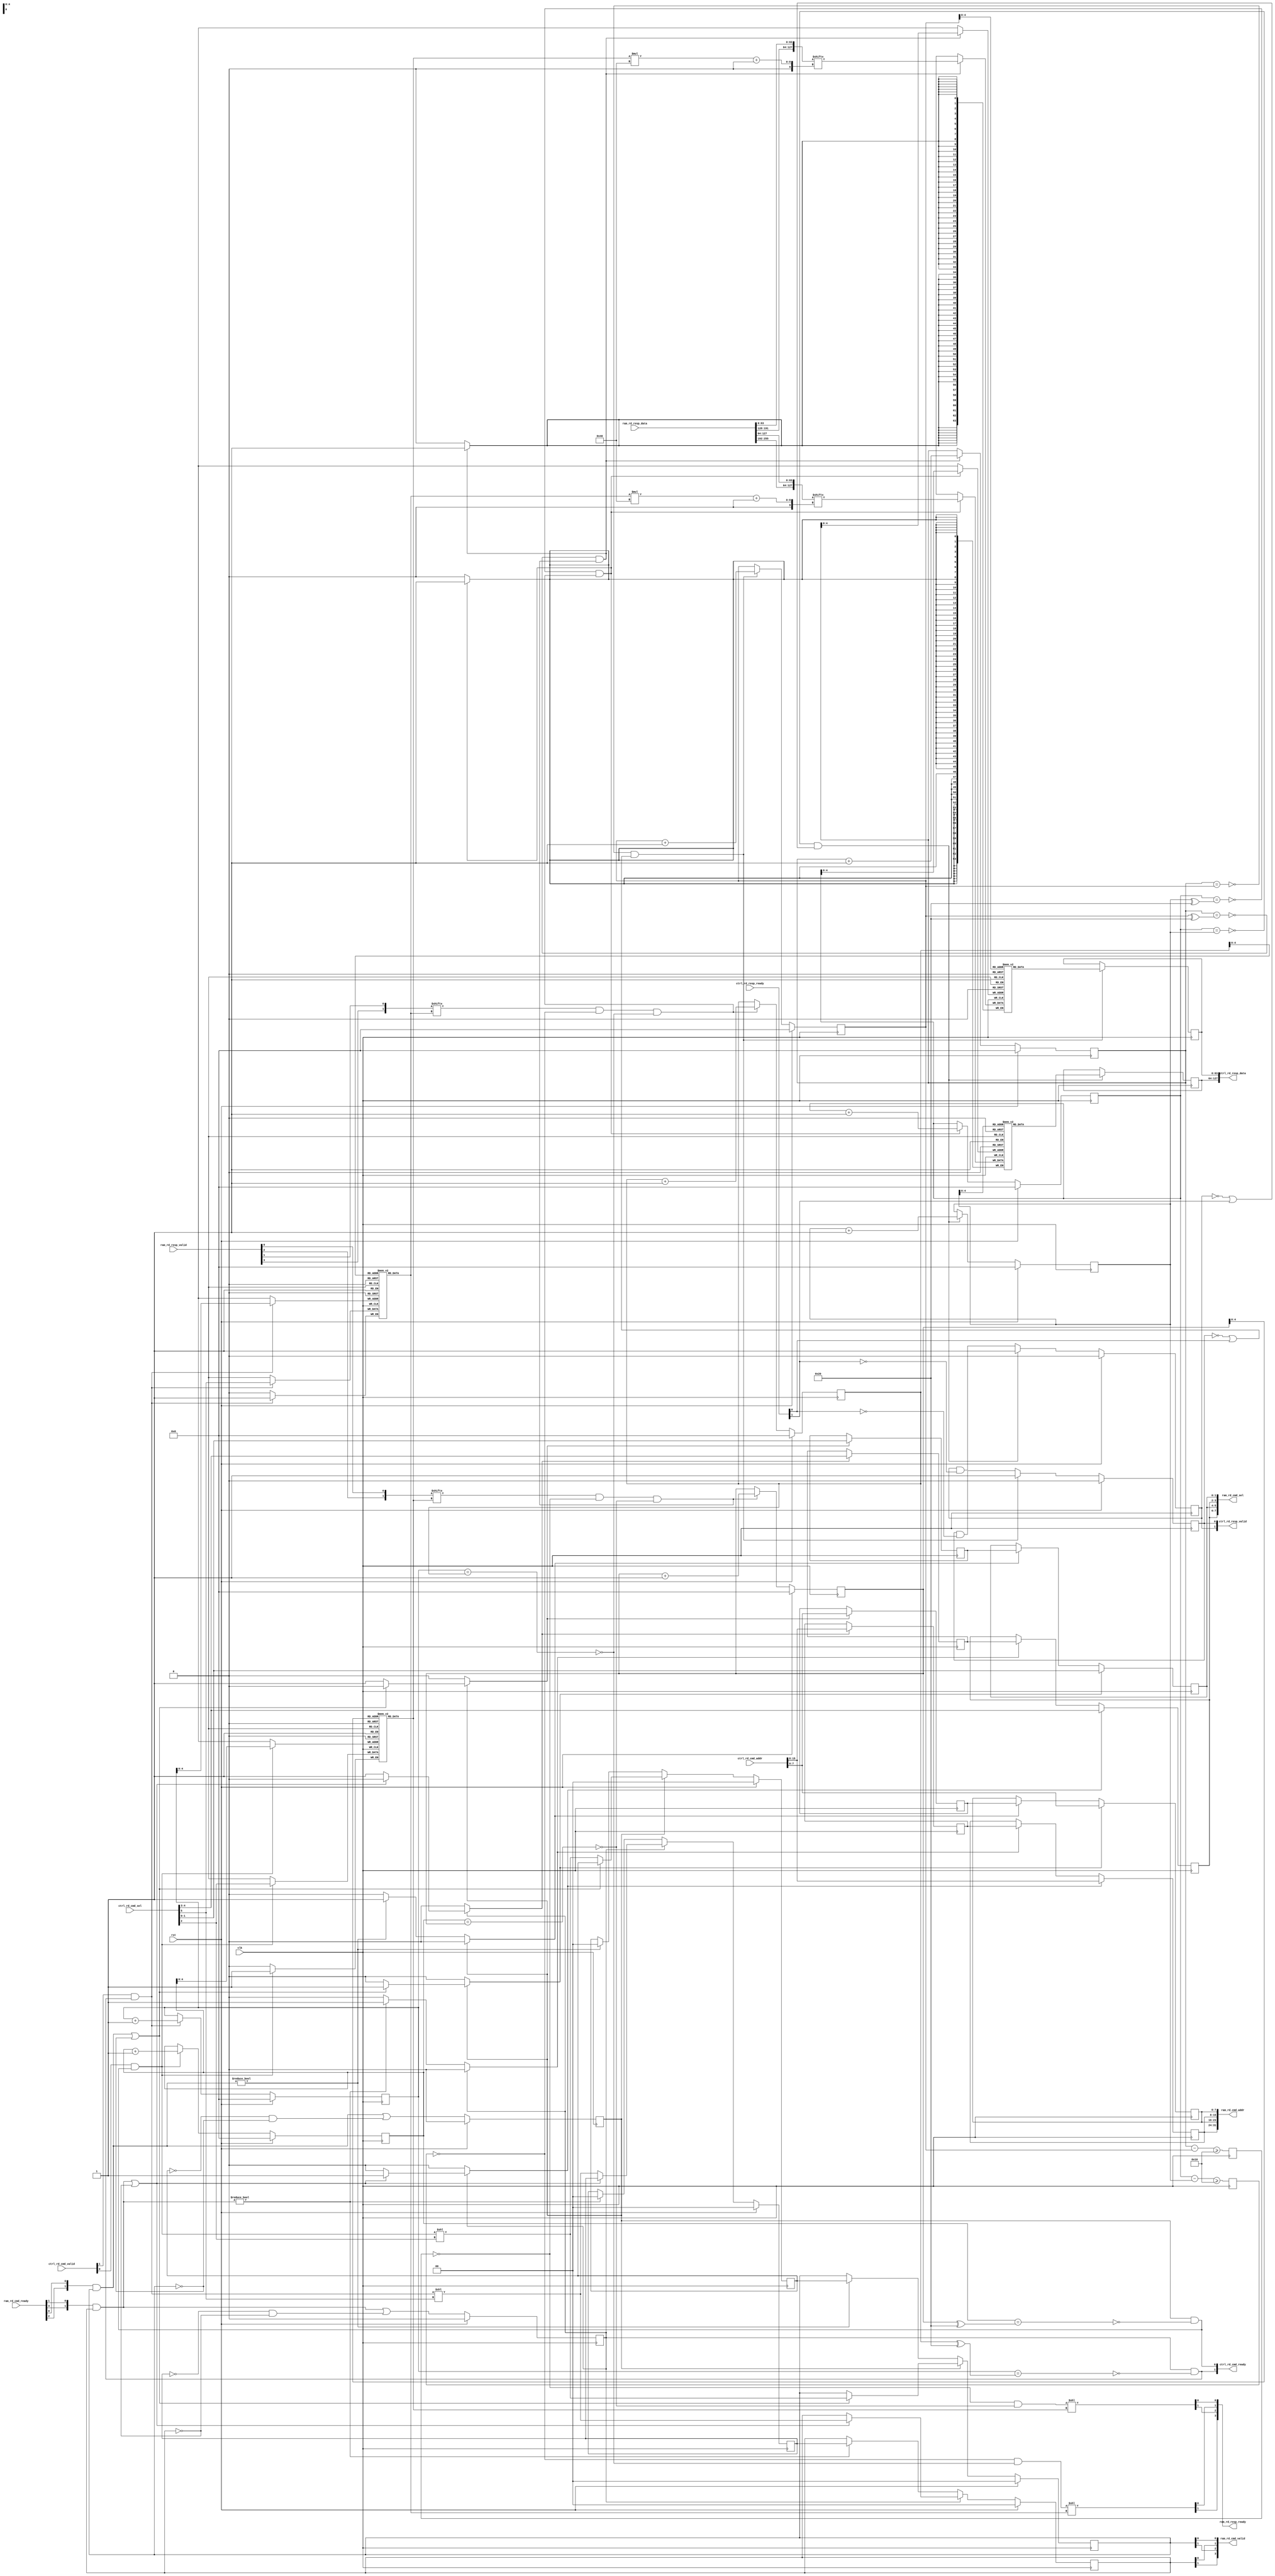
/*

Copyright (c) 2019-2021 Alex Forencich

Permission is hereby granted, free of charge, to any person obtaining a copy
of this software and associated documentation files (the "Software"), to deal
in the Software without restriction, including without limitation the rights
to use, copy, modify, merge, publish, distribute, sublicense, and/or sell
copies of the Software, and to permit persons to whom the Software is
furnished to do so, subject to the following conditions:

The above copyright notice and this permission notice shall be included in
all copies or substantial portions of the Software.

THE SOFTWARE IS PROVIDED "AS IS", WITHOUT WARRANTY OF ANY KIND, EXPRESS OR
IMPLIED, INCLUDING BUT NOT LIMITED TO THE WARRANTIES OF MERCHANTABILITY
FITNESS FOR A PARTICULAR PURPOSE AND NONINFRINGEMENT. IN NO EVENT SHALL THE
AUTHORS OR COPYRIGHT HOLDERS BE LIABLE FOR ANY CLAIM, DAMAGES OR OTHER
LIABILITY, WHETHER IN AN ACTION OF CONTRACT, TORT OR OTHERWISE, ARISING FROM,
OUT OF OR IN CONNECTION WITH THE SOFTWARE OR THE USE OR OTHER DEALINGS IN
THE SOFTWARE.

*/

// Language: Verilog 2001

`resetall
`timescale 1ns / 1ps
`default_nettype none

/*
 * DMA RAM demux (read)
 */
module dma_ram_demux_rd #
(
    // Number of ports
    parameter PORTS = 2,
    // RAM segment count
    parameter SEG_COUNT = 2,
    // RAM segment data width
    parameter SEG_DATA_WIDTH = 64,
    // RAM segment address width
    parameter SEG_ADDR_WIDTH = 8,
    // Input RAM segment select width
    parameter S_RAM_SEL_WIDTH = 2,
    // Output RAM segment select width
    // Additional bits required for response routing
    parameter M_RAM_SEL_WIDTH = S_RAM_SEL_WIDTH+$clog2(PORTS)
)
(
    input  wire                                       clk,
    input  wire                                       rst,

    /*
     * RAM interface (from DMA client/interface)
     */
    input  wire [SEG_COUNT*M_RAM_SEL_WIDTH-1:0]       ctrl_rd_cmd_sel,
    input  wire [SEG_COUNT*SEG_ADDR_WIDTH-1:0]        ctrl_rd_cmd_addr,
    input  wire [SEG_COUNT-1:0]                       ctrl_rd_cmd_valid,
    output wire [SEG_COUNT-1:0]                       ctrl_rd_cmd_ready,
    output wire [SEG_COUNT*SEG_DATA_WIDTH-1:0]        ctrl_rd_resp_data,
    output wire [SEG_COUNT-1:0]                       ctrl_rd_resp_valid,
    input  wire [SEG_COUNT-1:0]                       ctrl_rd_resp_ready,

    /*
     * RAM interface (towards RAM)
     */
    output wire [PORTS*SEG_COUNT*S_RAM_SEL_WIDTH-1:0] ram_rd_cmd_sel,
    output wire [PORTS*SEG_COUNT*SEG_ADDR_WIDTH-1:0]  ram_rd_cmd_addr,
    output wire [PORTS*SEG_COUNT-1:0]                 ram_rd_cmd_valid,
    input  wire [PORTS*SEG_COUNT-1:0]                 ram_rd_cmd_ready,
    input  wire [PORTS*SEG_COUNT*SEG_DATA_WIDTH-1:0]  ram_rd_resp_data,
    input  wire [PORTS*SEG_COUNT-1:0]                 ram_rd_resp_valid,
    output wire [PORTS*SEG_COUNT-1:0]                 ram_rd_resp_ready
);

parameter CL_PORTS = $clog2(PORTS);

parameter S_RAM_SEL_WIDTH_INT = S_RAM_SEL_WIDTH > 0 ? S_RAM_SEL_WIDTH : 1;

parameter FIFO_ADDR_WIDTH = 5;
parameter OUTPUT_FIFO_ADDR_WIDTH = 5;

// check configuration
initial begin
    if (M_RAM_SEL_WIDTH < S_RAM_SEL_WIDTH+$clog2(PORTS)) begin
        $error("Error: M_RAM_SEL_WIDTH must be at least $clog2(PORTS) larger than S_RAM_SEL_WIDTH (instance %m)");
        $finish;
    end
end

generate

genvar n, p;

for (n = 0; n < SEG_COUNT; n = n + 1) begin

    // FIFO to maintain response ordering
    reg [FIFO_ADDR_WIDTH+1-1:0] fifo_wr_ptr_reg = 0;
    reg [FIFO_ADDR_WIDTH+1-1:0] fifo_rd_ptr_reg = 0;
    (* ram_style = "distributed", ramstyle = "no_rw_check, mlab" *)
    reg [CL_PORTS-1:0] fifo_sel[(2**FIFO_ADDR_WIDTH)-1:0];

    wire fifo_empty = fifo_wr_ptr_reg == fifo_rd_ptr_reg;
    wire fifo_full = fifo_wr_ptr_reg == (fifo_rd_ptr_reg ^ (1 << FIFO_ADDR_WIDTH));

    integer i;

    initial begin
        for (i = 0; i < 2**FIFO_ADDR_WIDTH; i = i + 1) begin
            fifo_sel[i] = 0;
        end
    end

    // RAM read command demux

    wire [M_RAM_SEL_WIDTH-1:0] seg_ctrl_rd_cmd_sel   = ctrl_rd_cmd_sel[M_RAM_SEL_WIDTH*n +: M_RAM_SEL_WIDTH];
    wire [SEG_ADDR_WIDTH-1:0]  seg_ctrl_rd_cmd_addr  = ctrl_rd_cmd_addr[SEG_ADDR_WIDTH*n +: SEG_ADDR_WIDTH];
    wire                       seg_ctrl_rd_cmd_valid = ctrl_rd_cmd_valid[n];
    wire                       seg_ctrl_rd_cmd_ready;

    assign ctrl_rd_cmd_ready[n] = seg_ctrl_rd_cmd_ready;

    wire [PORTS*S_RAM_SEL_WIDTH-1:0] seg_ram_rd_cmd_sel;
    wire [PORTS*SEG_ADDR_WIDTH-1:0]  seg_ram_rd_cmd_addr;
    wire [PORTS-1:0]                 seg_ram_rd_cmd_valid;
    wire [PORTS-1:0]                 seg_ram_rd_cmd_ready;

    for (p = 0; p < PORTS; p = p + 1) begin
        if (S_RAM_SEL_WIDTH > 0) begin
            assign ram_rd_cmd_sel[(p*SEG_COUNT+n)*S_RAM_SEL_WIDTH +: S_RAM_SEL_WIDTH_INT] = seg_ram_rd_cmd_sel[p*S_RAM_SEL_WIDTH +: S_RAM_SEL_WIDTH_INT];
        end
        assign ram_rd_cmd_addr[(p*SEG_COUNT+n)*SEG_ADDR_WIDTH +: SEG_ADDR_WIDTH] = seg_ram_rd_cmd_addr[p*SEG_ADDR_WIDTH +: SEG_ADDR_WIDTH];
        assign ram_rd_cmd_valid[p*SEG_COUNT+n] = seg_ram_rd_cmd_valid[p];
        assign seg_ram_rd_cmd_ready[p] = ram_rd_cmd_ready[p*SEG_COUNT+n];
    end

    if (S_RAM_SEL_WIDTH == 0) begin
        assign ram_rd_cmd_sel = 0;
    end

    // internal datapath
    reg  [S_RAM_SEL_WIDTH-1:0] seg_ram_rd_cmd_sel_int;
    reg  [SEG_ADDR_WIDTH-1:0]  seg_ram_rd_cmd_addr_int;
    reg  [PORTS-1:0]           seg_ram_rd_cmd_valid_int;
    reg                        seg_ram_rd_cmd_ready_int_reg = 1'b0;
    wire                       seg_ram_rd_cmd_ready_int_early;

    assign seg_ctrl_rd_cmd_ready = seg_ram_rd_cmd_ready_int_reg && !fifo_full;

    wire [CL_PORTS-1:0] select_cmd = PORTS > 1 ? (seg_ctrl_rd_cmd_sel >> (M_RAM_SEL_WIDTH - CL_PORTS)) : 0;

    always @* begin
        seg_ram_rd_cmd_sel_int   = seg_ctrl_rd_cmd_sel;
        seg_ram_rd_cmd_addr_int  = seg_ctrl_rd_cmd_addr;
        seg_ram_rd_cmd_valid_int = (seg_ctrl_rd_cmd_valid && seg_ctrl_rd_cmd_ready) << select_cmd;
    end

    always @(posedge clk) begin
        if (seg_ctrl_rd_cmd_valid && seg_ctrl_rd_cmd_ready) begin
            fifo_sel[fifo_wr_ptr_reg[FIFO_ADDR_WIDTH-1:0]] <= select_cmd;
            fifo_wr_ptr_reg <= fifo_wr_ptr_reg + 1;
        end

        if (rst) begin
            fifo_wr_ptr_reg <= 0;
        end
    end

    // output datapath logic
    reg [S_RAM_SEL_WIDTH-1:0] seg_ram_rd_cmd_sel_reg   = {S_RAM_SEL_WIDTH_INT{1'b0}};
    reg [SEG_ADDR_WIDTH-1:0]  seg_ram_rd_cmd_addr_reg  = {SEG_ADDR_WIDTH{1'b0}};
    reg [PORTS-1:0]           seg_ram_rd_cmd_valid_reg = {PORTS{1'b0}}, seg_ram_rd_cmd_valid_next;

    reg [S_RAM_SEL_WIDTH-1:0] temp_seg_ram_rd_cmd_sel_reg   = {S_RAM_SEL_WIDTH_INT{1'b0}};
    reg [SEG_ADDR_WIDTH-1:0]  temp_seg_ram_rd_cmd_addr_reg  = {SEG_ADDR_WIDTH{1'b0}};
    reg [PORTS-1:0]           temp_seg_ram_rd_cmd_valid_reg = {PORTS{1'b0}}, temp_seg_ram_rd_cmd_valid_next;

    // datapath control
    reg store_axis_resp_int_to_output;
    reg store_axis_resp_int_to_temp;
    reg store_axis_resp_temp_to_output;

    assign seg_ram_rd_cmd_sel = {PORTS{seg_ram_rd_cmd_sel_reg}};
    assign seg_ram_rd_cmd_addr = {PORTS{seg_ram_rd_cmd_addr_reg}};
    assign seg_ram_rd_cmd_valid = seg_ram_rd_cmd_valid_reg;

    // enable ready input next cycle if output is ready or if both output registers are empty
    assign seg_ram_rd_cmd_ready_int_early = (seg_ram_rd_cmd_ready & seg_ram_rd_cmd_valid) || (!temp_seg_ram_rd_cmd_valid_reg && !seg_ram_rd_cmd_valid_reg);

    always @* begin
        // transfer sink ready state to source
        seg_ram_rd_cmd_valid_next = seg_ram_rd_cmd_valid_reg;
        temp_seg_ram_rd_cmd_valid_next = temp_seg_ram_rd_cmd_valid_reg;

        store_axis_resp_int_to_output = 1'b0;
        store_axis_resp_int_to_temp = 1'b0;
        store_axis_resp_temp_to_output = 1'b0;

        if (seg_ram_rd_cmd_ready_int_reg) begin
            // input is ready
            if ((seg_ram_rd_cmd_ready & seg_ram_rd_cmd_valid_reg) || !seg_ram_rd_cmd_valid_reg) begin
                // output is ready or currently not valid, transfer data to output
                seg_ram_rd_cmd_valid_next = seg_ram_rd_cmd_valid_int;
                store_axis_resp_int_to_output = 1'b1;
            end else begin
                // output is not ready, store input in temp
                temp_seg_ram_rd_cmd_valid_next = seg_ram_rd_cmd_valid_int;
                store_axis_resp_int_to_temp = 1'b1;
            end
        end else if (seg_ram_rd_cmd_ready & seg_ram_rd_cmd_valid_reg) begin
            // input is not ready, but output is ready
            seg_ram_rd_cmd_valid_next = temp_seg_ram_rd_cmd_valid_reg;
            temp_seg_ram_rd_cmd_valid_next = {PORTS{1'b0}};
            store_axis_resp_temp_to_output = 1'b1;
        end
    end

    always @(posedge clk) begin
        seg_ram_rd_cmd_valid_reg <= seg_ram_rd_cmd_valid_next;
        seg_ram_rd_cmd_ready_int_reg <= seg_ram_rd_cmd_ready_int_early;
        temp_seg_ram_rd_cmd_valid_reg <= temp_seg_ram_rd_cmd_valid_next;

        // datapath
        if (store_axis_resp_int_to_output) begin
            seg_ram_rd_cmd_sel_reg <= seg_ram_rd_cmd_sel_int;
            seg_ram_rd_cmd_addr_reg <= seg_ram_rd_cmd_addr_int;
        end else if (store_axis_resp_temp_to_output) begin
            seg_ram_rd_cmd_sel_reg <= temp_seg_ram_rd_cmd_sel_reg;
            seg_ram_rd_cmd_addr_reg <= temp_seg_ram_rd_cmd_addr_reg;
        end

        if (store_axis_resp_int_to_temp) begin
            temp_seg_ram_rd_cmd_sel_reg <= seg_ram_rd_cmd_sel_int;
            temp_seg_ram_rd_cmd_addr_reg <= seg_ram_rd_cmd_addr_int;
        end

        if (rst) begin
            seg_ram_rd_cmd_valid_reg <= {PORTS{1'b0}};
            seg_ram_rd_cmd_ready_int_reg <= 1'b0;
            temp_seg_ram_rd_cmd_valid_reg <= {PORTS{1'b0}};
        end
    end

    // RAM read response mux

    wire [PORTS*SEG_DATA_WIDTH-1:0] seg_ram_rd_resp_data;
    wire [PORTS-1:0]                seg_ram_rd_resp_valid;
    wire [PORTS-1:0]                seg_ram_rd_resp_ready;

    for (p = 0; p < PORTS; p = p + 1) begin
        assign seg_ram_rd_resp_data[p*SEG_DATA_WIDTH +: SEG_DATA_WIDTH] = ram_rd_resp_data[(p*SEG_COUNT+n)*SEG_DATA_WIDTH +: SEG_DATA_WIDTH];
        assign seg_ram_rd_resp_valid[p] = ram_rd_resp_valid[p*SEG_COUNT+n];
        assign ram_rd_resp_ready[p*SEG_COUNT+n] = seg_ram_rd_resp_ready[p];
    end

    wire [SEG_DATA_WIDTH-1:0] seg_ctrl_rd_resp_data;
    wire                      seg_ctrl_rd_resp_valid;
    wire                      seg_ctrl_rd_resp_ready = ctrl_rd_resp_ready[n];

    assign ctrl_rd_resp_data[n*SEG_DATA_WIDTH +: SEG_DATA_WIDTH] = seg_ctrl_rd_resp_data;
    assign ctrl_rd_resp_valid[n] = seg_ctrl_rd_resp_valid;

    // internal datapath
    reg  [SEG_DATA_WIDTH-1:0] seg_ctrl_rd_resp_data_int;
    reg                       seg_ctrl_rd_resp_valid_int;
    wire                      seg_ctrl_rd_resp_ready_int;

    wire [CL_PORTS-1:0] select_resp = fifo_sel[fifo_rd_ptr_reg[FIFO_ADDR_WIDTH-1:0]];

    assign seg_ram_rd_resp_ready = (seg_ctrl_rd_resp_ready_int && !fifo_empty) << select_resp;

    // mux for incoming packet
    wire [SEG_DATA_WIDTH-1:0] current_resp_data  = seg_ram_rd_resp_data[select_resp*SEG_DATA_WIDTH +: SEG_DATA_WIDTH];
    wire                      current_resp_valid = seg_ram_rd_resp_valid[select_resp];
    wire                      current_resp_ready = seg_ram_rd_resp_ready[select_resp];

    always @* begin
        // pass through selected packet data
        seg_ctrl_rd_resp_data_int  = current_resp_data;
        seg_ctrl_rd_resp_valid_int = current_resp_valid && seg_ctrl_rd_resp_ready_int && !fifo_empty;
    end

    always @(posedge clk) begin
        if (current_resp_valid && seg_ctrl_rd_resp_ready_int && !fifo_empty) begin
            fifo_rd_ptr_reg <= fifo_rd_ptr_reg + 1;
        end

        if (rst) begin
            fifo_rd_ptr_reg <= 0;
        end
    end

    // output datapath logic
    reg [SEG_DATA_WIDTH-1:0] seg_ctrl_rd_resp_data_reg  = {SEG_DATA_WIDTH{1'b0}};
    reg                      seg_ctrl_rd_resp_valid_reg = 1'b0;

    reg [OUTPUT_FIFO_ADDR_WIDTH+1-1:0] out_fifo_wr_ptr_reg = 0;
    reg [OUTPUT_FIFO_ADDR_WIDTH+1-1:0] out_fifo_rd_ptr_reg = 0;
    reg out_fifo_half_full_reg = 1'b0;

    wire out_fifo_full = out_fifo_wr_ptr_reg == (out_fifo_rd_ptr_reg ^ {1'b1, {OUTPUT_FIFO_ADDR_WIDTH{1'b0}}});
    wire out_fifo_empty = out_fifo_wr_ptr_reg == out_fifo_rd_ptr_reg;

    (* ram_style = "distributed", ramstyle = "no_rw_check, mlab" *)
    reg [SEG_DATA_WIDTH-1:0] out_fifo_rd_resp_data[2**OUTPUT_FIFO_ADDR_WIDTH-1:0];

    assign seg_ctrl_rd_resp_ready_int = !out_fifo_half_full_reg;

    assign seg_ctrl_rd_resp_data = seg_ctrl_rd_resp_data_reg;
    assign seg_ctrl_rd_resp_valid = seg_ctrl_rd_resp_valid_reg;

    always @(posedge clk) begin
        seg_ctrl_rd_resp_valid_reg <= seg_ctrl_rd_resp_valid_reg && !seg_ctrl_rd_resp_ready;

        out_fifo_half_full_reg <= $unsigned(out_fifo_wr_ptr_reg - out_fifo_rd_ptr_reg) >= 2**(OUTPUT_FIFO_ADDR_WIDTH-1);

        if (!out_fifo_full && seg_ctrl_rd_resp_valid_int) begin
            out_fifo_rd_resp_data[out_fifo_wr_ptr_reg[OUTPUT_FIFO_ADDR_WIDTH-1:0]] <= seg_ctrl_rd_resp_data_int;
            out_fifo_wr_ptr_reg <= out_fifo_wr_ptr_reg + 1;
        end

        if (!out_fifo_empty && (!seg_ctrl_rd_resp_valid_reg || seg_ctrl_rd_resp_ready)) begin
            seg_ctrl_rd_resp_data_reg <= out_fifo_rd_resp_data[out_fifo_rd_ptr_reg[OUTPUT_FIFO_ADDR_WIDTH-1:0]];
            seg_ctrl_rd_resp_valid_reg <= 1'b1;
            out_fifo_rd_ptr_reg <= out_fifo_rd_ptr_reg + 1;
        end

        if (rst) begin
            out_fifo_wr_ptr_reg <= 0;
            out_fifo_rd_ptr_reg <= 0;
            seg_ctrl_rd_resp_valid_reg <= 1'b0;
        end
    end

end

endgenerate

endmodule

`resetall